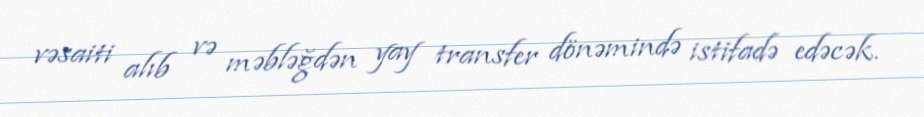
vəsaiti alıb və məbləğdən yay transfer dönəmində istifadə edəcək.